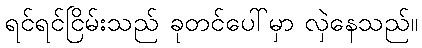
ရင်ရင်ငြိမ်းသည် ခုတင်ပေါ်မှာ လှဲနေသည်။